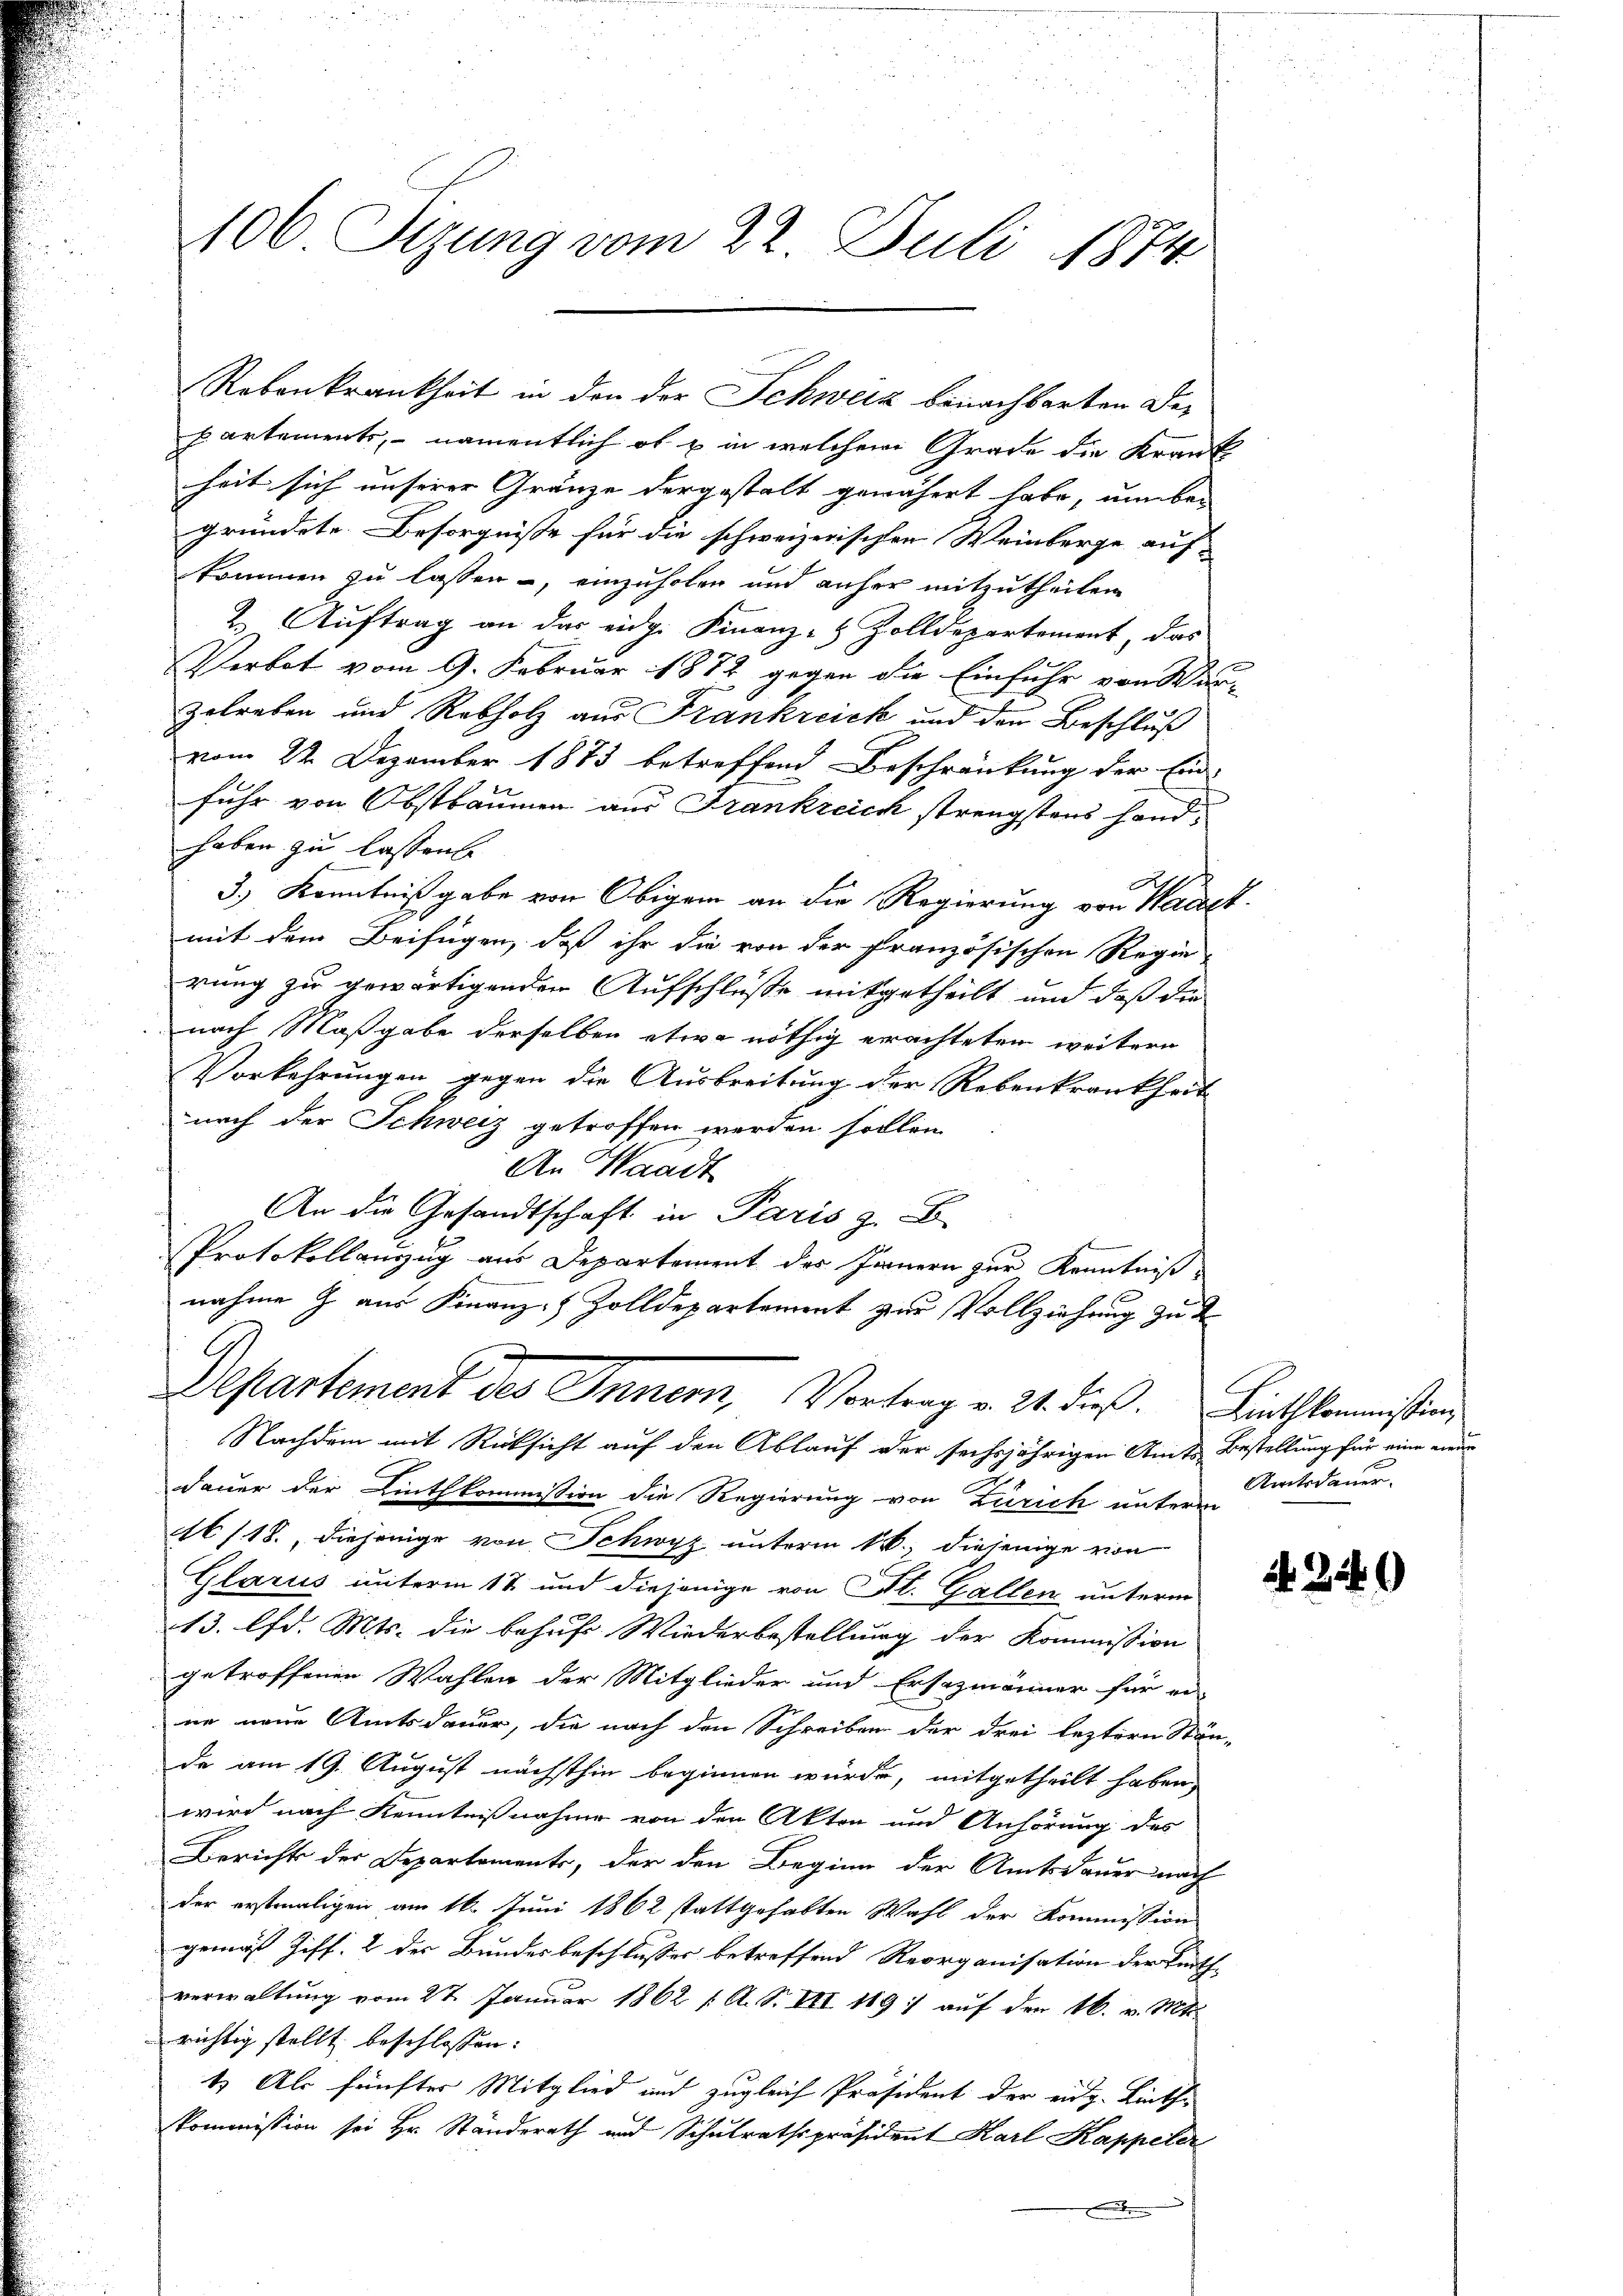
106 Sizung vom 22. Juli 1874

Rebenkrankheit in den der Schweiz benachbarten Departements, namentlich ob u in welchem Grade die Krank
heit sich unserer Gränze dergestalt gewährt habe, unber
gründete. Besorgniße für die schweizerischen Weinberge auf-
kommen zu lassen, einzuholen und anher mitzutheilen
2. Auftrag an das eidg. Finanz-8 Zolldepartement, das
Verbot vom 9. Februar 1872 gegen die Einfuhr von War-
zelreben und Rebholz aus Frankreick und den Beschluß
vom 22. Dezember 1873 betreffend Beschränkung der Einfuhr von Obstbäumen aus Frankreich strengstens handhaben zu lassen.
3.) Kenntnißgabe von Obigen an die Regierung von Waldet.
mit dem Beifügen, daß ihr die von der Französischen Regie-
rung zu gewärtigenden Aufschlüße mitgetheilt und daß die
nach Maßgabe derselben etwa nöthig erachteten weitern
Vorkehrungen gegen die Ausbreitung der Rebenkrankheit
nach der Schweiz getroffen werden sollen
An Waadt
An die Gesandtschaft in Paris z. B.
Protokollanzug aus Departement des Innern zur Kenntniß
nahme J. aus Finanz- & Zolldepartement zur Vollziehung zu d
G
.
Departement des Inner, Vortrag v. 21. dieß. Linthkommission
Nachdem mit Rücksicht auf den Ablauf der sechsjährigen Amts Bestellung für eine neue
Fauer der Linthkommission die Regierung von Zürich unterm
A /18., diejenige von Schwyz unterm kk., diejenige von
Glarus unterm 12 und diejenige von St. Gallen unterm
13. lfd. Mts. die behuf Wiederbestellung der Kommission
getroffenen Wahlen der Mitglieder und Ersazmänner für ei-
ne neue Amtsdauer, die nach den Schreiben der drei leztern Stän-
da am 19. August nächsthin beginnen würde, mitgetheilt haben,
wird nach Kenntnißnahme von den Akten und Anhörung des
Bericht der Departements, der den Beginn der Amtsdauer nach
der erstmaligen am 16. Juni 1862 stattgehabten Wahl der Kommission
gemäß Ziff. 2 des Bundesbeschlusses betreffend Reorganisation der Linth-
verwaltung vom 27. Januar 1862 / A. S. VII 1897 aŭf den kk. v. Mts.
richtig stellt beschlossen:
1) Als fünfter Mitglied und zugleich Präsident der eidg. Linth
kommission sei Hr. Ständerath und Schulrathspräsident Karl Kappeler
.

Amtsdauer.

N 349